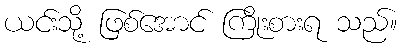
ယင်းသို့ ဖြစ်အောင် ကြိုးစားရ သည်။